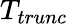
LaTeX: T_{trunc}